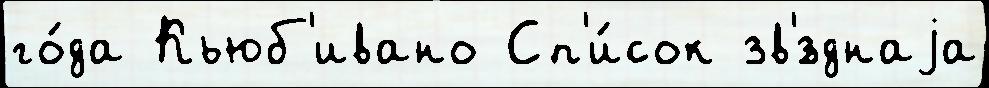
го́да Кьюб'ивано Сп'и́сок зв'́зднаjа